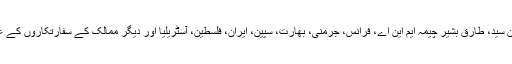
عشائیہ میں چودھری وجاہت حسین، سینیٹر مشاہد حسین سید، طارق بشیر چیمہ ایم این اے، فرانس، جرمنی، بھارت، سپین، ایران، فلسطین، آسٹریلیا اور دیگر ممالک کے سفارتکاروں کے علاوہ امتیاز رانجھا اور دیگر رہنماء بھی شریک تھے۔